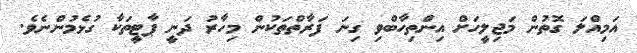
އަމިއްލަ ގޮތުން މަޖިލީހަށް އިންތިހާބްވި ގިނަ ފަރާތްތަކުން މިހާރު ދަނީ ޕާޓީތަކާ ގުޅެމުންނެވެ.